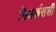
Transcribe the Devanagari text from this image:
निअर्कसशी